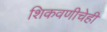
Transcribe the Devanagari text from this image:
शिकवणीचेही